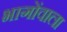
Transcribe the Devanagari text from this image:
भागोंवाला